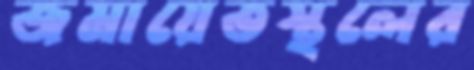
জমায়েতস্থলের